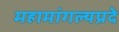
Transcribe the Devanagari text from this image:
महामांगल्यप्रदे